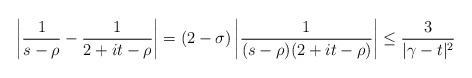
LaTeX: \begin{align*} \left|\frac{1}{s-\rho}-\frac{1}{2+it-\rho}\right|=(2-\sigma)\left|\frac{1}{(s-\rho)(2+it-\rho)}\right|\leq \frac{3}{|\gamma-t|^2} \end{align*}